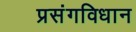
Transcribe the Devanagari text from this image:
प्रसंगविधान